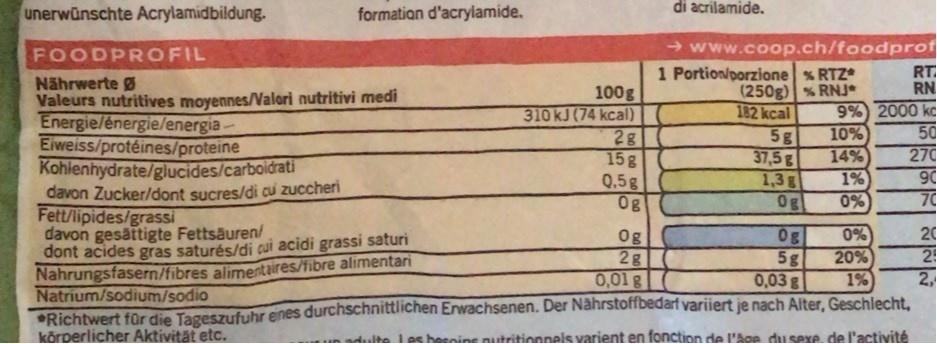
unerwünschte Acrylamidbildung.
formation d'acrylamide.
di acrilamide.
→ www.coop.ch/foodprot 1 Portion/porzione % RTZ (250g) % RNJ 182 kcal 5g 37,5g 1,3g 0g
FOODPROFIL
RT RN
Nährwerte Ø Valeurs nutritives moyennes//Valori nutritivi medi Energie/énergie/energia Eiweiss/protéines/proteine Kohlenhydrate/glucides/carboidrati davon Zucker/dont sucres/di cu zuccheri Fett/lipides/grassi davon gesättigte Fettsäuren/ dont acides gras saturés/di cui acidi grassi saturi Nahrungsfasern/fibres alimentaires/fibre alimentari Natrium/sodium/sodio Richtwert für die Tageszufuhr enes durchschnittlichen Enwachsenen. Der Nährstoffbedarf variiert je nach Alter, Geschlecht. kõrperlicher Aktivität etc.
100g 310KJ (74 kcal) 2g 15g Q.5g 0g
9% 2000 kc
10%
50
14%
270
1%
90
0%
70
0g 5g 0,03g
0% 20% 1%
20
Og 28 0,01 g
25 2,
heenine nutritionnels varient en fonction de l'Age du sexe de l'activité
adulte